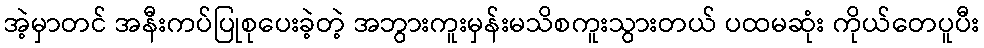
အဲ့မှာတင် အနီးကပ်ပြုစုပေးခဲ့တဲ့ အဘွားကူးမှန်းမသိစကူးသွားတယ် ပထမဆုံး ကိုယ်တေပူပီး